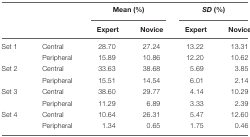
<table><thead><tr><td></td><td></td><td colspan="2"><b>Mean (%)</b></td><td colspan="2"><b><i>SD</i> (%)</b></td></tr><tr><td></td><td></td><td><b>Expert</b></td><td><b>Novice</b></td><td><b>Expert</b></td><td><b>Novice</b></td></tr></thead><tbody><tr><td>Set 1</td><td>Central</td><td>28.70</td><td>27.24</td><td>13.22</td><td>13.31</td></tr><tr><td></td><td>Peripheral</td><td>15.89</td><td>10.86</td><td>12.20</td><td>10.62</td></tr><tr><td>Set 2</td><td>Central</td><td>33.63</td><td>38.68</td><td>5.69</td><td>3.85</td></tr><tr><td></td><td>Peripheral</td><td>15.51</td><td>14.54</td><td>6.01</td><td>2.14</td></tr><tr><td>Set 3</td><td>Central</td><td>38.60</td><td>29.77</td><td>4.14</td><td>10.29</td></tr><tr><td></td><td>Peripheral</td><td>11.29</td><td>6.89</td><td>3.33</td><td>2.39</td></tr><tr><td>Set 4</td><td>Central</td><td>10.64</td><td>26.31</td><td>5.47</td><td>12.60</td></tr><tr><td></td><td>Peripheral</td><td>1.34</td><td>0.65</td><td>1.75</td><td>0.46</td></tr></tbody></table>